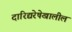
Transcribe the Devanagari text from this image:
दारिद्यरेषेखालील